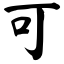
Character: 可